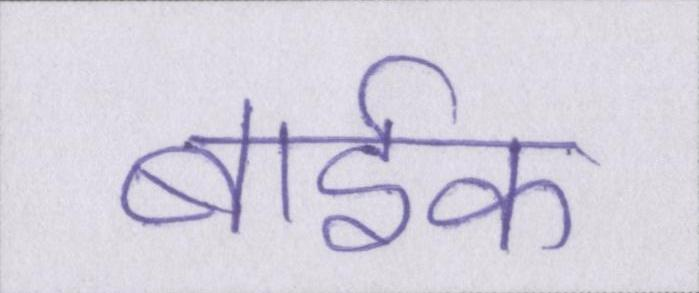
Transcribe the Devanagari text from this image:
बार्इक